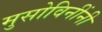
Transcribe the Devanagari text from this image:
मुसोविनींनी